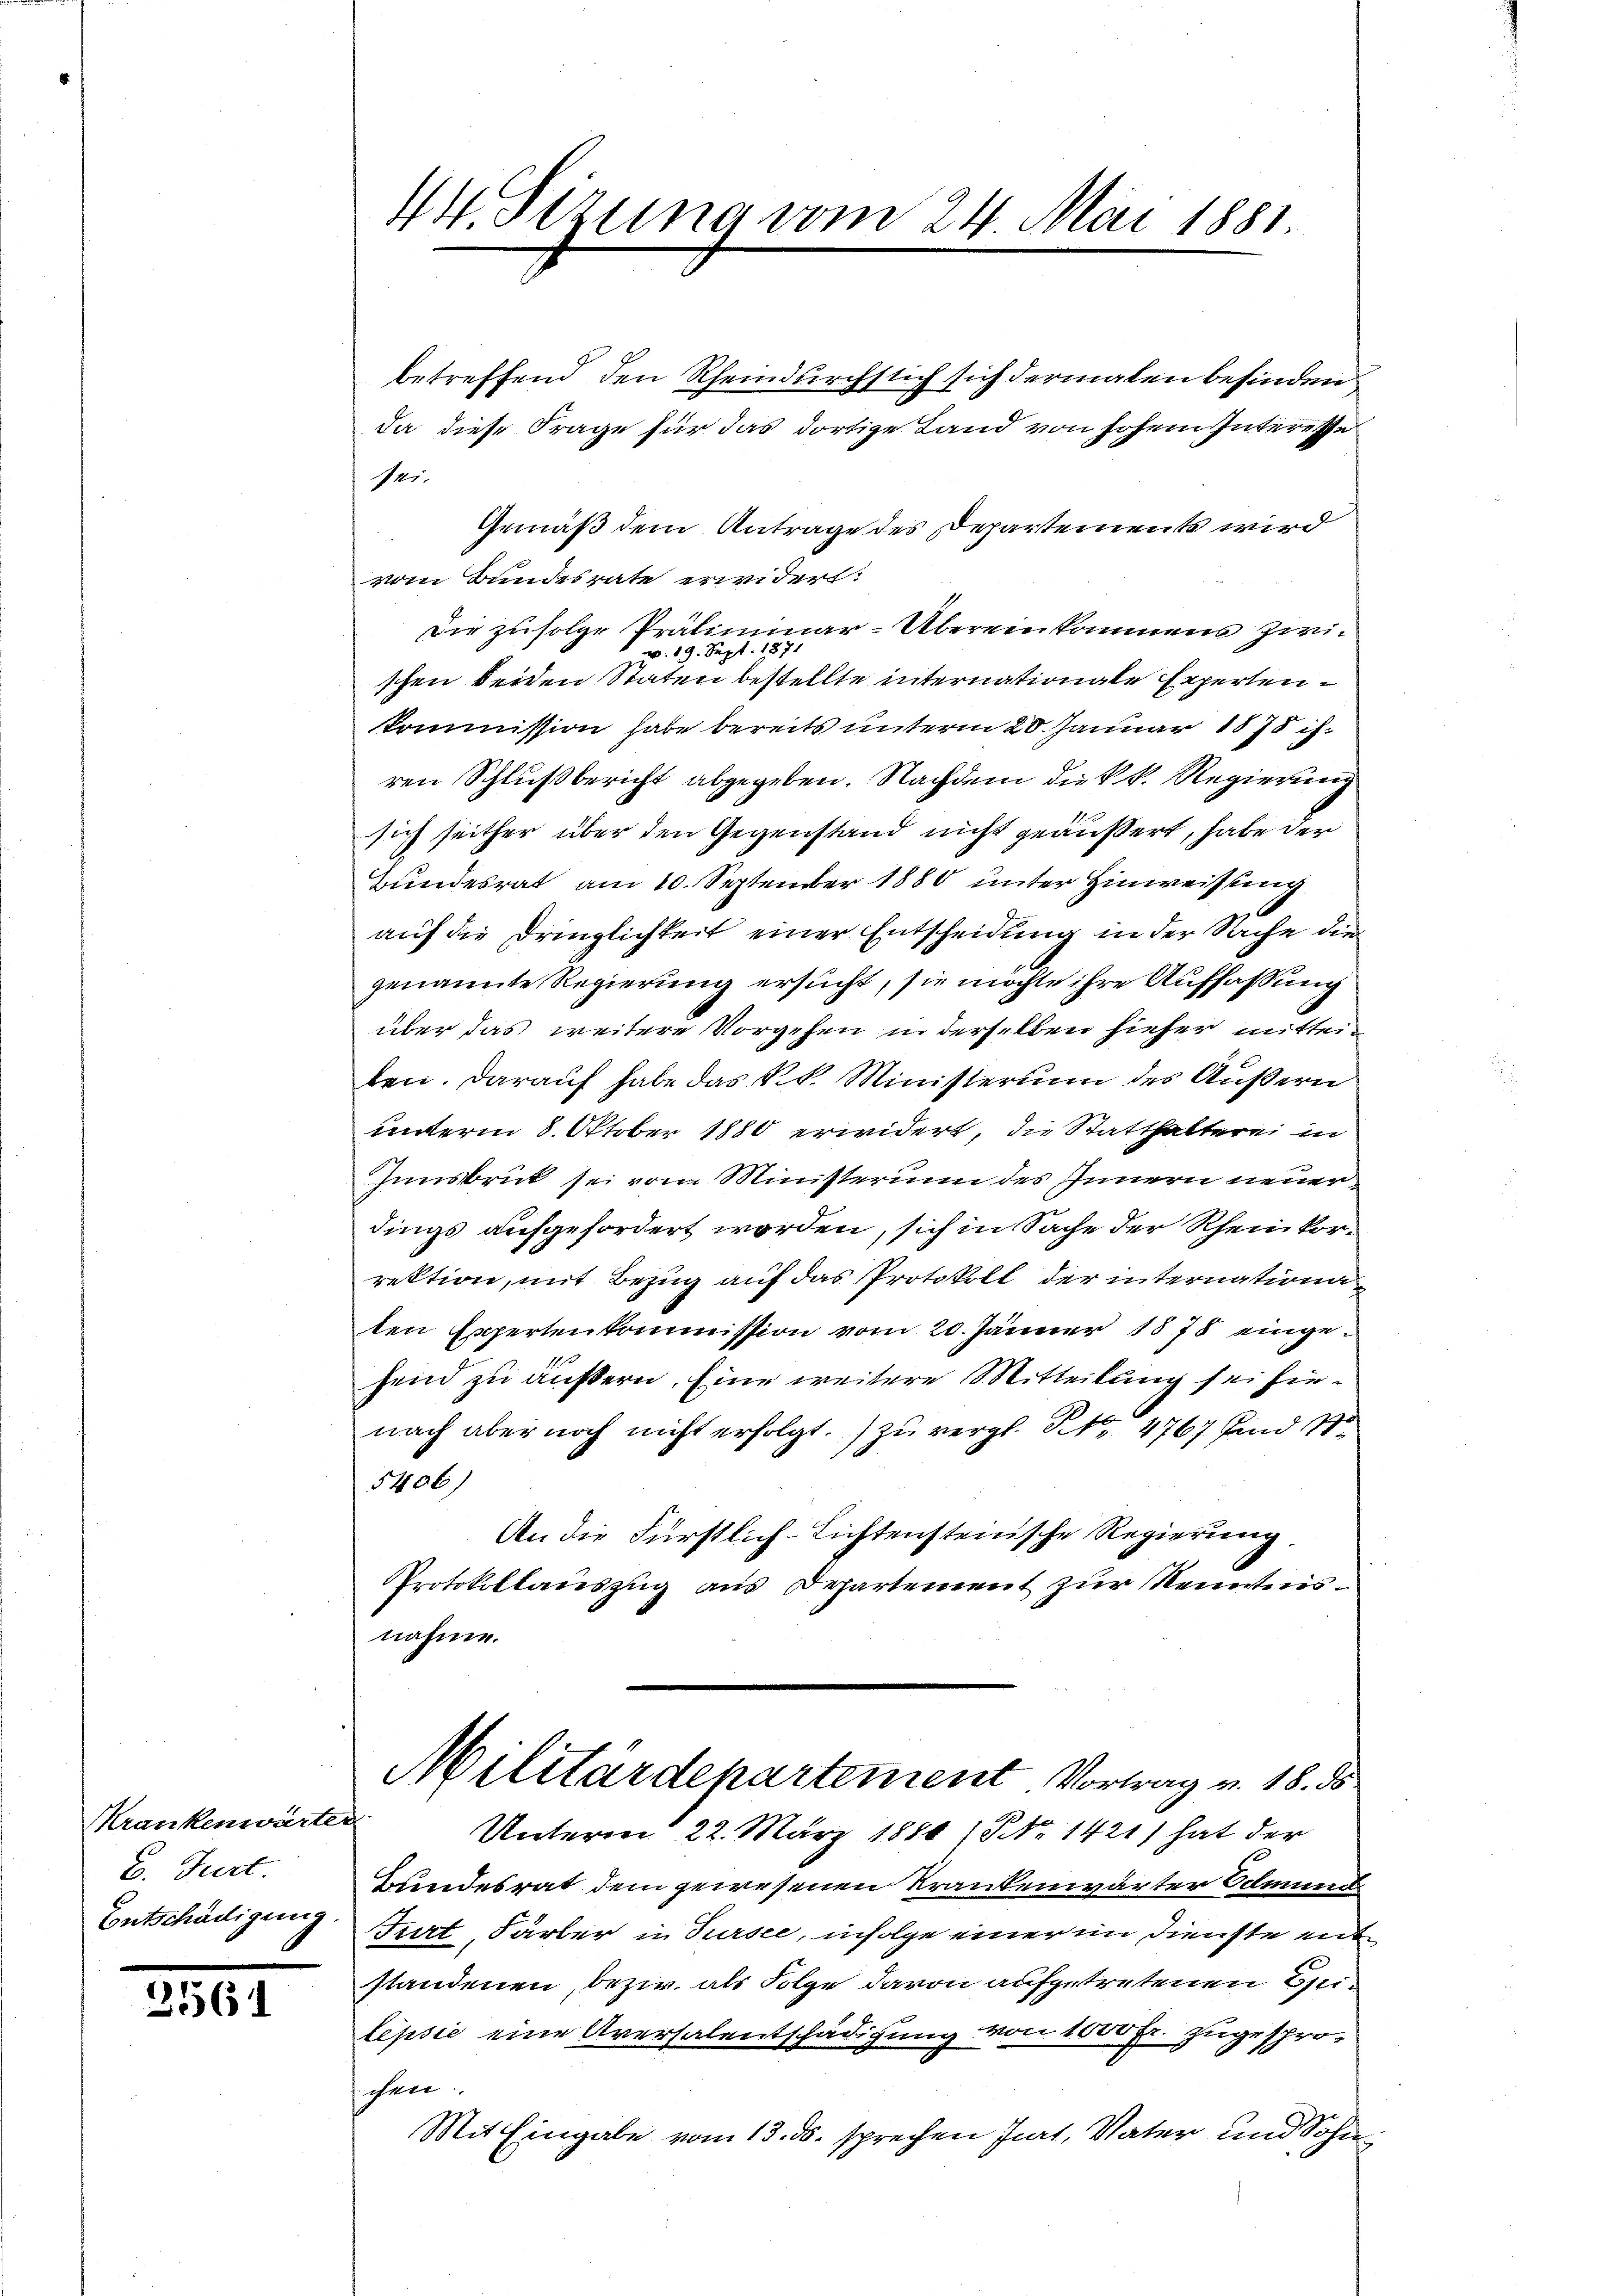
Krankenwärte
6. Jurt.
Entschädigung

25564

44 Sizung vom 24. Mai 1881

betreffend den Rheindurchsich sich dermalen befinden.
da diese Frage für das dortige Land von hohen Interesse
sei.
Gemäß dem Antrage des Departement wird
vom Bundesrate erwidert:
Die zufolge Präliminar-Übereinkommens zwiv. 19. Sept. 187.
schen beiden Staten bestellte internationale Experten.
Kommission habe bereits unterm 20. Januar 1878 is
ren Schlußbericht abgegeben. Nachdem die kk. Regierung
sich seither über den Gegenstand nicht geäußert, habe der
Bundesrat am 10. September 1880 unter Hinweisung
auf die Dringlichkeit einer Entscheidung in der Sache die
genannte Regierung ersucht, sie möchte ihre Auffassung
über das weitere Vorgehen in derselben hieher mitteiben. Darauf habe das k.k. Ministerium des Äußern
unterm 8. Oktober 1880 erwidert, die Statthalterei in
Innsbruck sei vom Ministerum des Innern neuer
dings aufgefordert worden, sich in Sache der Rheinkorrektion, mit Bezug auf das Protokoll der internationa
ten Expertenkommission vom 20. Jänner 1878 eingeseid zu äußern. Eine weitere Mitteilung sei hienach aber noch nicht erfolgt.) zu vergl. No 4767 und 1
5406
An die Fürstlich-Lichtensteiische Regierung
Protokollauszug aus Departement zur Kenntnisnahme.
Militärdepartement Vortrag v. 18. ds
ich.
Unterm 22. März 1880 / No. 1421) hat der
Bundesrat dem gewesenen Krankenwärter Edmund
Furt, Färber in Sursee, infolge einer im Dienste entstandenen, bezw. als Folge davon aufgetretenen Bei¬
Lepsie eine Aversalentschädigung von 1000 Fr. zugesprochen.
Mit Eingabe vom 13. ds. sprechen Jaat, Vater und Sohn